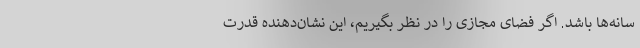
سانه‌ها باشد. اگر فضای مجازی را در نظر بگیریم، این نشان‌دهنده قدرت